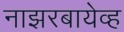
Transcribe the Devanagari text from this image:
नाझरबायेव्ह